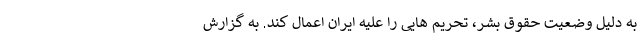
به دلیل وضعیت حقوق بشر، تحریم هایی را علیه ایران اعمال کند. به گزارش